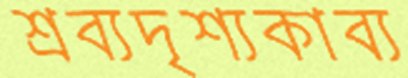
শ্রব্যদৃশ্যকাব্য